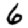
Digit: 6